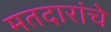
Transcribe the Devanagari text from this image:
मतदारांचे